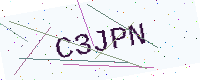
Text: C3JPN